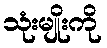
သုံးမျိုးကို